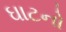
ઘાટનો